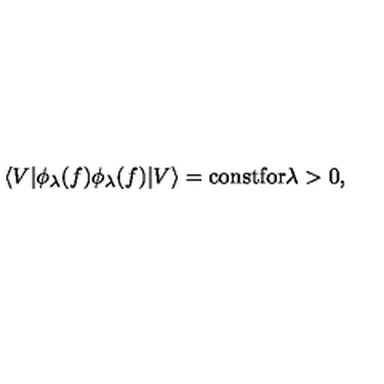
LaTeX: \langle V | \phi _ { \lambda } ( f ) \phi _ { \lambda } ( f ) | V \rangle = \mathrm { c o n s t f o r \lambda > 0 , }